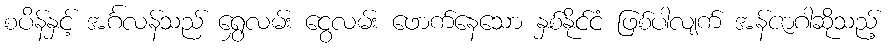
စပိန်နှင့် အင်္ဂလန်သည် ရွှေလမ်း ငွေလမ်း ဖောက်နေသော နှစ်နိုင်ငံ ဖြစ်ပါလျက် အန်ဇာဂါဆိုသည့်